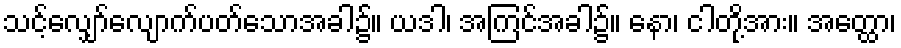
သင့်လျှော်လျောက်ပတ်သောအခါ၌။ ယဒါ၊ အကြင်အခါ၌။ နော၊ ငါတို့အား။ အတ္ထော၊